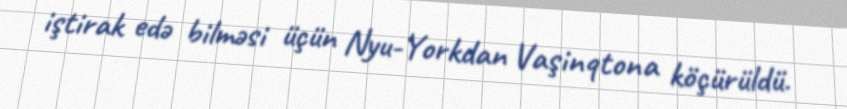
iştirak edə bilməsi üçün Nyu-Yorkdan Vaşinqtona köçürüldü.